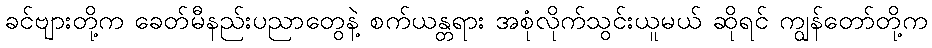
ခင်ဗျားတို့က ခေတ်မီနည်းပညာတွေနဲ့ စက်ယန္တရား အစုံလိုက်သွင်းယူမယ် ဆိုရင် ကျွန်တော်တို့က